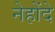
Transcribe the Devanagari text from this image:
नेहोंदे